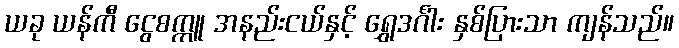
ယခု ယန်ကီ ငွေစက္ကူ အနည်းငယ်နှင့် ရွှေဒင်္ဂါး နှစ်ပြားသာ ကျန်သည်။